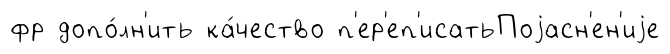
фр допо́лн'ить ка́чество п'ер'еп'исатьПоjасн'ен'иjе